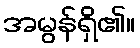
အမွန်ရှိ၏။